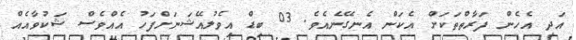
އަދި އެހެން ފަރާތްތަކަށް އެކަން އެނގޭނެއެވެ. 03 ބިޑް އިވެލުއޭޝަނަށްފަހު އެއްވެސް ޝަކުވާއެއް